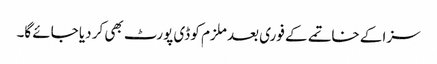
سزا کے خاتمے کے فوری بعد ملزم کو ڈی پورٹ بھی کر دیا جائے گا۔